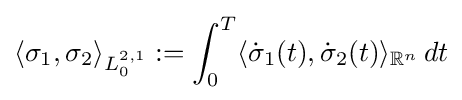
\langle \sigma _{1},\sigma _{2}\rangle _{L_{0}^{2,1}}:=\int _{0}^{T}\langle {\dot {\sigma }}_{1}(t),{\dot {\sigma }}_{2}(t)\rangle _{\mathbb {R} ^{n}}\,dt